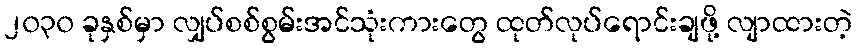
၂၀၃၀ ခုနှစ်မှာ လျှပ်စစ်စွမ်းအင်သုံးကားတွေ ထုတ်လုပ်ရောင်းချဖို့ လျာထားတဲ့